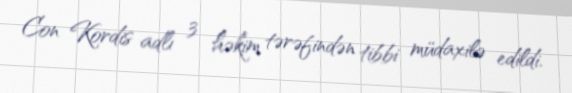
Con Kordis adlı 3 həkim tərəfindən tibbi müdaxilə edildi.